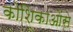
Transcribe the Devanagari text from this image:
कोशिकाओंसे